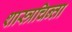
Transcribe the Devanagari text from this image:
शास्त्रचिन्ता